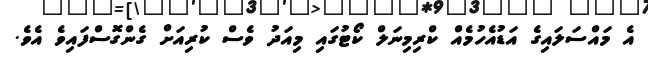
އެ މައްސަލައިގެ އަޑުއެހުމެއް ކްރިމިނަލް ކޯޓުގައި މިއަދު ވެސް ކުރިއަށް ގެންގޮސްފައިވެ އެވެ.